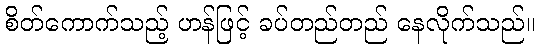
စိတ်ကောက်သည့် ဟန်ဖြင့် ခပ်တည်တည် နေလိုက်သည်။